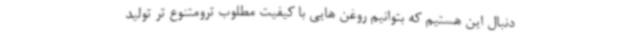
دنبال این هستیم که بتوانیم روغن هایی با کیفیت مطلوب ترومتنوع تر تولید